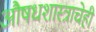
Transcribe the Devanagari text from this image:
औषधशास्त्राचेही